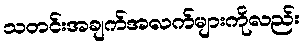
သတင်းအချက်အလက်များကိုလည်း